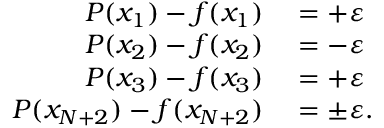
\begin{array} { r l } { P ( x _ { 1 } ) - f ( x _ { 1 } ) } & { { } = + \varepsilon } \\ { P ( x _ { 2 } ) - f ( x _ { 2 } ) } & { { } = - \varepsilon } \\ { P ( x _ { 3 } ) - f ( x _ { 3 } ) } & { { } = + \varepsilon } \\ { P ( x _ { N + 2 } ) - f ( x _ { N + 2 } ) } & { { } = \pm \varepsilon . } \end{array}